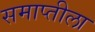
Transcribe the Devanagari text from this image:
समाप्तीला